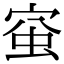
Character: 𧉴